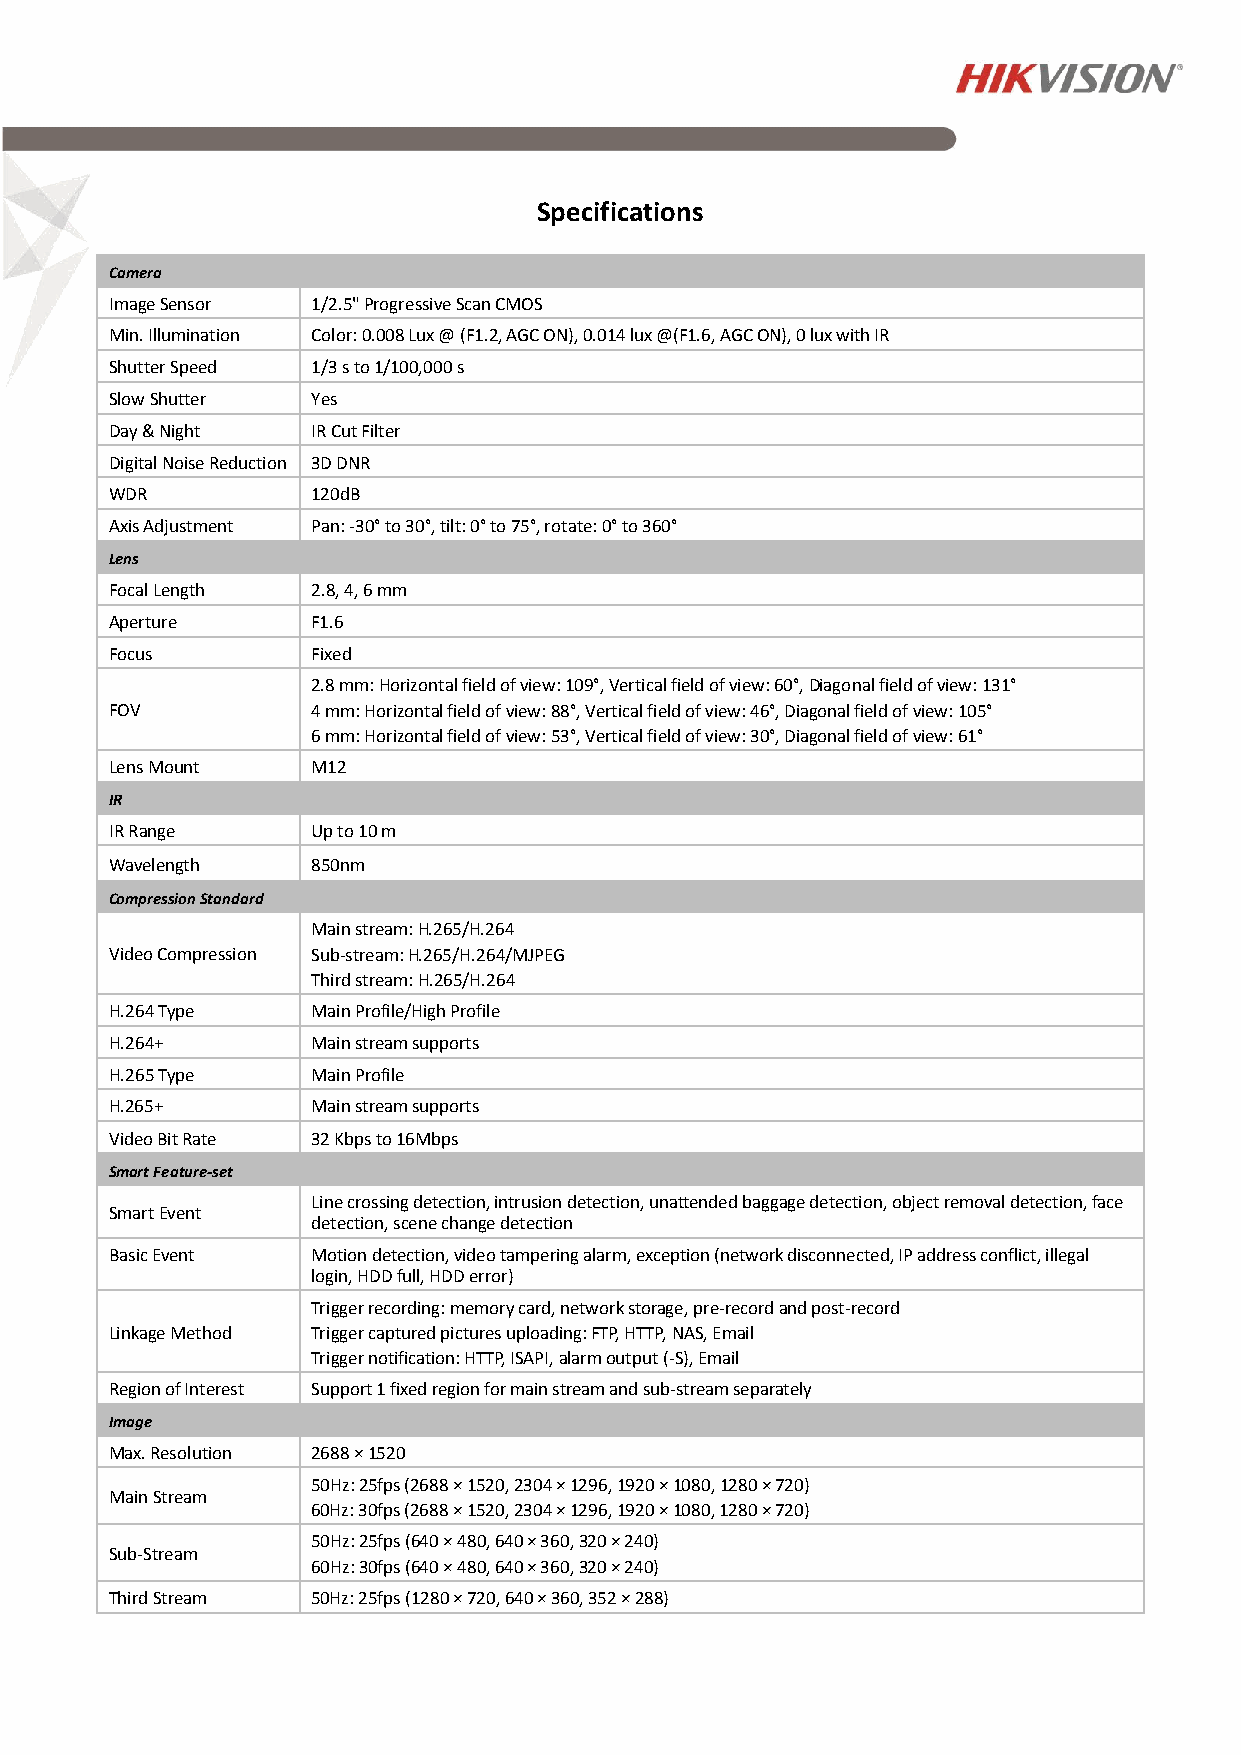
Specifications
 Camera
 Image Sensor  1/2.5" Progressive Scan CMOS
 Min. Illumination Color: 0.008 Lux @ (F1.2, AGC ON), 0.014 lux @(F1.6, AGC ON), 0 lux with IR
 Shutter Speed 1/3 s to 1/100,000 s
 Slow Shutter  Yes
 Day & Night   IR Cut Filter
 Digital Noise Reduction 3D DNR
 WDR           120dB
 Axis Adjustment Pan: -30° to 30°, tilt: 0° to 75°, rotate: 0° to 360°
 Lens
 Focal Length  2.8, 4, 6 mm
 Aperture      F1.6
 Focus         Fixed
 2.8 mm: Horizontal field of view: 109°, Vertical field of view: 60°, Diagonal field of view: 131°
 FOV           4 mm: Horizontal field of view: 88°, Vertical field of view: 46°, Diagonal field of view: 105°
 6 mm: Horizontal field of view: 53°, Vertical field of view: 30°, Diagonal field of view: 61°
 Lens Mount    M12
 IR
 IR Range      Up to 10 m
 Wavelength    850nm
 Compression Standard
 Main stream: H.265/H.264
 Video Compression Sub-stream: H.265/H.264/MJPEG
 Third stream: H.265/H.264
 H.264 Type    Main Profile/High Profile
 H.264+        Main stream supports
 H.265 Type    Main Profile
 H.265+        Main stream supports
 Video Bit Rate 32 Kbps to 16Mbps
 Smart Feature-set
 Line crossing detection, intrusion detection, unattended baggage detection, object removal detection, face
 Smart Event
 detection, scene change detection
 Basic Event   Motion detection, video tampering alarm, exception (network disconnected, IP address conflict, illegal
 login, HDD full, HDD error)
 Trigger recording: memory card, network storage, pre-record and post-record
 Linkage Method Trigger captured pictures uploading: FTP, HTTP, NAS, Email
 Trigger notification: HTTP, ISAPI, alarm output (-S), Email
 Region of Interest Support 1 fixed region for main stream and sub-stream separately
 Image
 Max. Resolution 2688 × 1520
 50Hz: 25fps (2688 × 1520, 2304 × 1296, 1920 × 1080, 1280 × 720)
 Main Stream
 60Hz: 30fps (2688 × 1520, 2304 × 1296, 1920 × 1080, 1280 × 720)
 50Hz: 25fps (640 × 480, 640 × 360, 320 × 240)
 Sub-Stream
 60Hz: 30fps (640 × 480, 640 × 360, 320 × 240)
 Third Stream  50Hz: 25fps (1280 × 720, 640 × 360, 352 × 288)